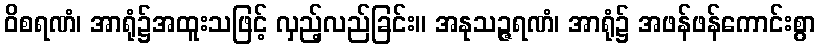
ဝိစရဏံ၊ အာရုံ၌အထူးသဖြင့် လှည့်လည်ခြင်း။ အနုသဉ္ဇရဏံ၊ အာရုံ၌ အဖန်ဖန်ကောင်းစွာ